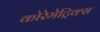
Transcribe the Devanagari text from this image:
कोरेमेट्रिक्स